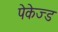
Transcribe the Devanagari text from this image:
पेकेज्ड